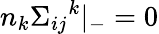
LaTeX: n_{k}{{\Sigma}_{ij}}^{k}{\vert}_{-}=0